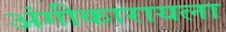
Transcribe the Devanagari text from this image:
अंगीकारायला